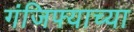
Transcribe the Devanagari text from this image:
गंजिफ्याच्या